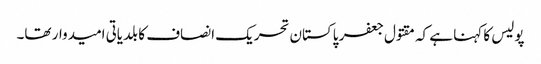
پولیس کا کہنا ہے کہ مقتول جعفر پاکستان تحریک انصاف کا بلدیاتی امیدوار تھا۔